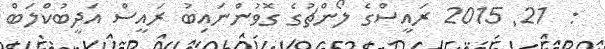
:  21